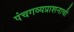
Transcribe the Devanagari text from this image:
पंचगव्यप्राशनाची